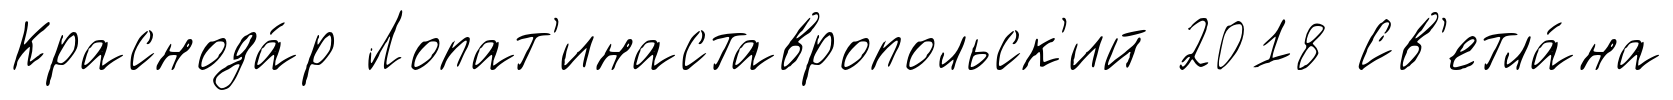
Краснода́р Лопат'инаставропольск'ий 2018 Св'етла́на